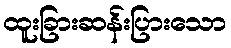
ထူးခြားဆန်းပြားသော